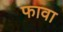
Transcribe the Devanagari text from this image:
फावा